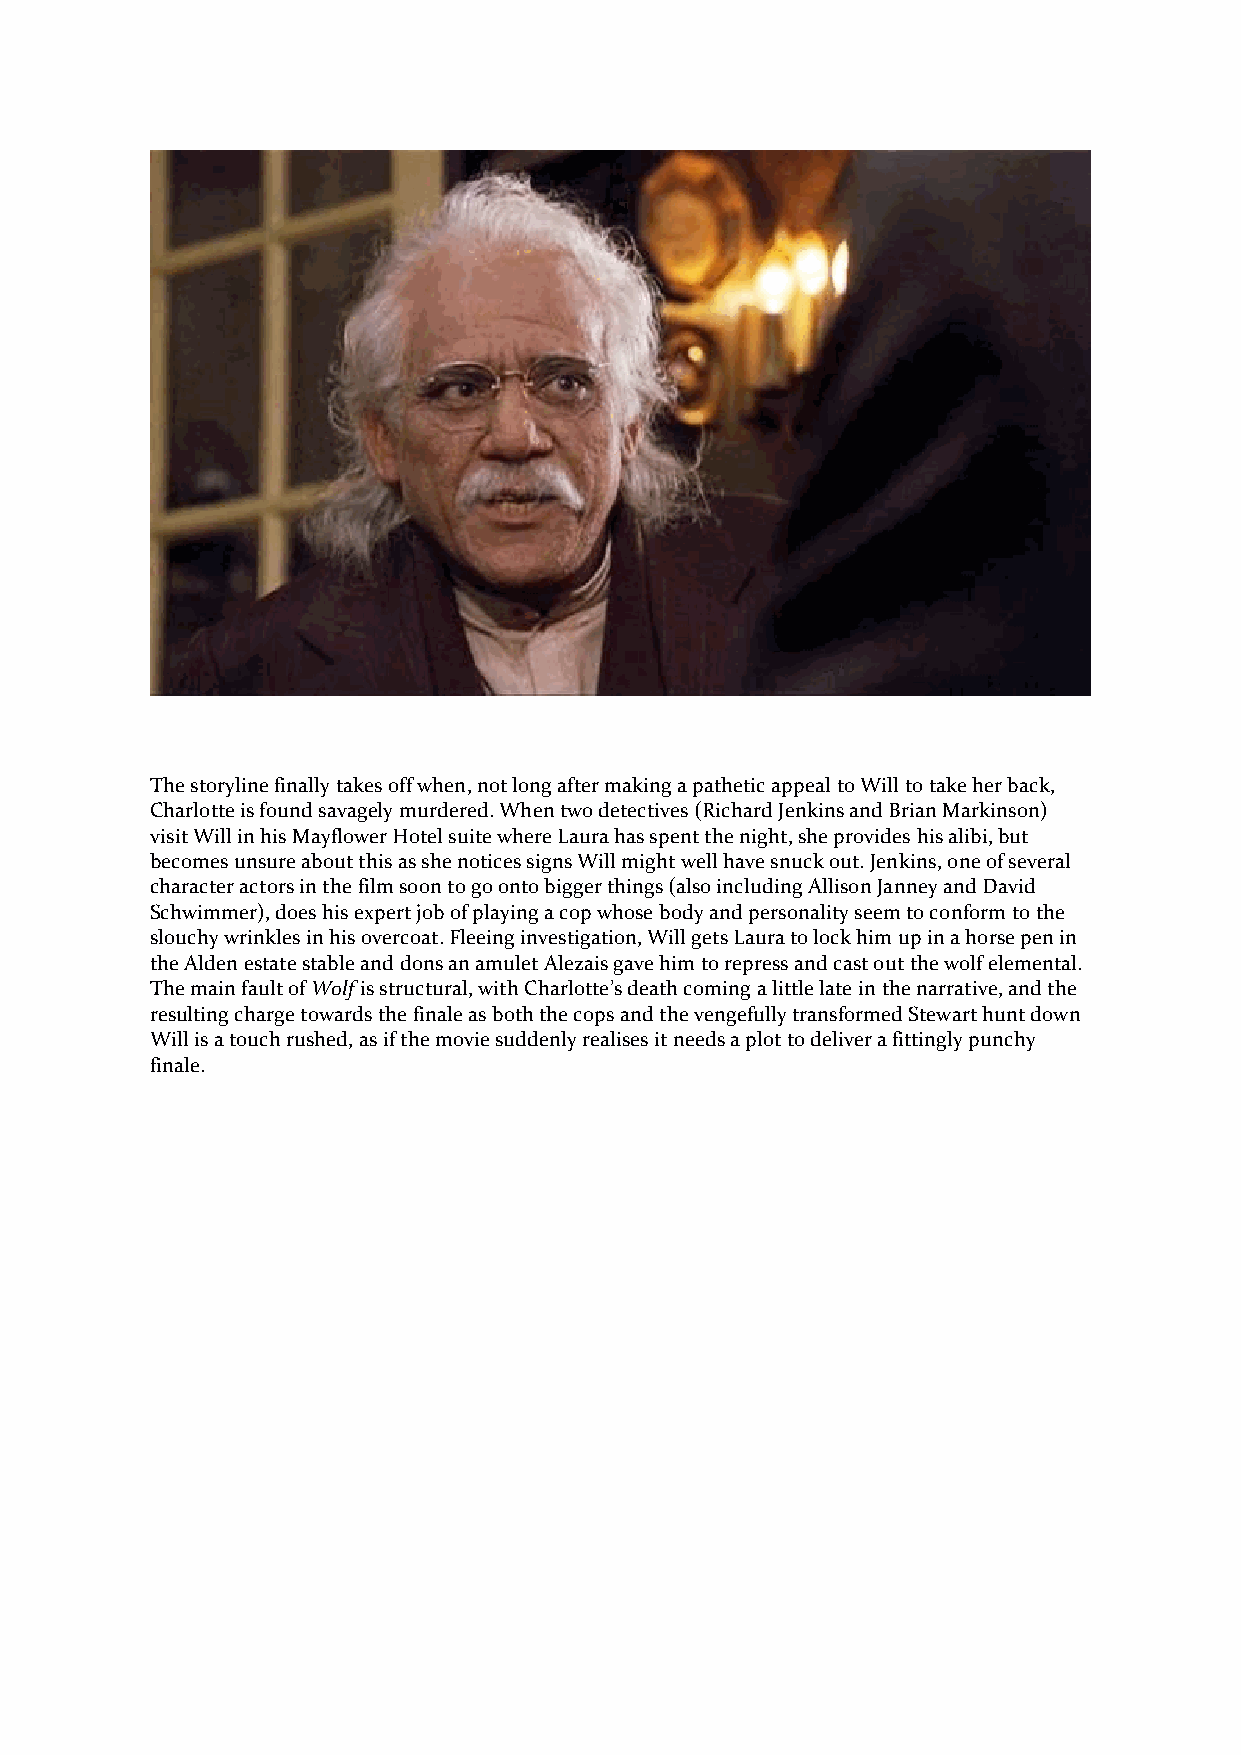
The storyline finally takes off when, not long after making a pathetic appeal to Will to take her back,
 Charlotte is found savagely murdered. When two detectives (Richard Jenkins and Brian Markinson)
 visit Will in his Mayflower Hotel suite where Laura has spent the night, she provides his alibi, but
 becomes unsure about this as she notices signs Will might well have snuck out. Jenkins, one of several
 character actors in the film soon to go onto bigger things (also including Allison Janney and David
 Schwimmer), does his expert job of playing a cop whose body and personality seem to conform to the
 slouchy wrinkles in his overcoat. Fleeing investigation, Will gets Laura to lock him up in a horse pen in
 the Alden estate stable and dons an amulet Alezais gave him to repress and cast out the wolf elemental.
 The main fault of Wolf is structural, with Charlotte’s death coming a little late in the narrative, and the
 resulting charge towards the finale as both the cops and the vengefully transformed Stewart hunt down
 Will is a touch rushed, as if the movie suddenly realises it needs a plot to deliver a fittingly punchy
 finale.